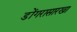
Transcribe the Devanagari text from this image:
डोंगरासारखा